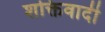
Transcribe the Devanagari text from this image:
शक्तिवादी